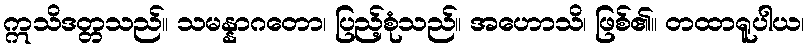
ဣသိဒတ္တသည်။ သမန္နာဂတော၊ ပြည့်စုံသည်။ အဟောသိ၊ ဖြစ်၏။ တထာရူပါယ၊